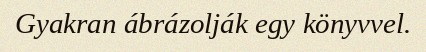
Gyakran ábrázolják egy könyvvel.